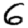
Digit: 6